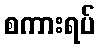
စကားရပ်